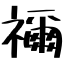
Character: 禰